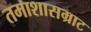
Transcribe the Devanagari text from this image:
तमाशासम्राट